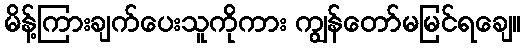
မိန့်ကြားချက်ပေးသူကိုကား ကျွန်တော်မမြင်ရချေ။